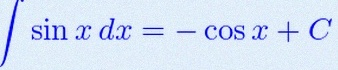
\int \sin x\,dx=-\cos x+C